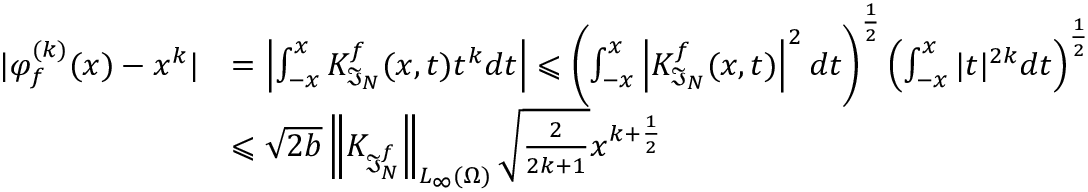
\begin{array} { r l } { | \varphi _ { f } ^ { ( k ) } ( x ) - x ^ { k } | } & { = \left| \int _ { - x } ^ { x } K _ { \mathfrak { I } _ { N } } ^ { f } ( x , t ) t ^ { k } d t \right| \leqslant \left( \int _ { - x } ^ { x } \left| K _ { \mathfrak { I } _ { N } } ^ { f } ( x , t ) \right| ^ { 2 } d t \right) ^ { \frac { 1 } { 2 } } \left( \int _ { - x } ^ { x } | t | ^ { 2 k } d t \right) ^ { \frac { 1 } { 2 } } } \\ & { \leqslant \sqrt { 2 b } \left\| K _ { \mathfrak { I } _ { N } ^ { f } } \right\| _ { L _ { \infty } ( \Omega ) } \sqrt { \frac { 2 } { 2 k + 1 } } x ^ { k + \frac { 1 } { 2 } } } \end{array}